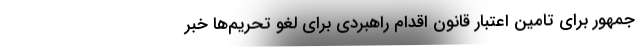
جمهور برای تامین اعتبار قانون اقدام راهبردی برای لغو تحریم‌ها خبر